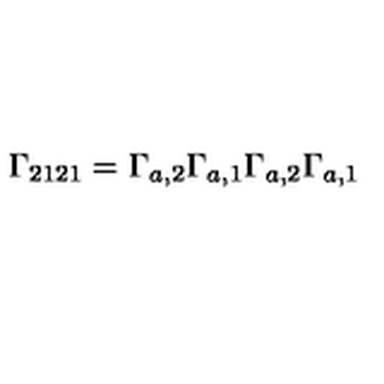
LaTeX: \Gamma _ { 2 1 2 1 } = \Gamma _ { a , 2 } \Gamma _ { a , 1 } \Gamma _ { a , 2 } \Gamma _ { a , 1 }